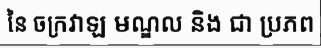
នៃ ចក្រវាឡ មណ្ឌល និង ជា ប្រភព